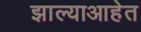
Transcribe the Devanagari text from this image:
झाल्याआहेत